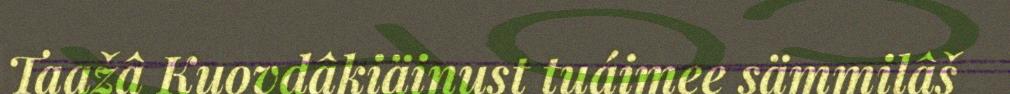
Taažâ Kuovdâkiäinust tuáimee sämmilâš